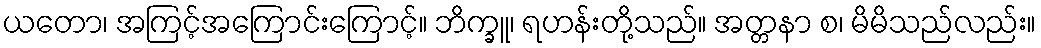
ယတော၊ အကြင့်အကြောင်းကြောင့်။ ဘိက္ခူ၊ ရဟန်းတို့သည်။ အတ္တနာ စ၊ မိမိသည်လည်း။